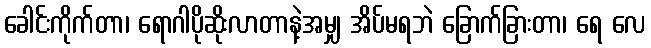
ခေါင်းကိုက်တာ၊ ရောဂါပိုဆိုးလာတာနဲ့အမျှ အိပ်မရဘဲ ခြောက်ခြားတာ၊ ရေ လေ